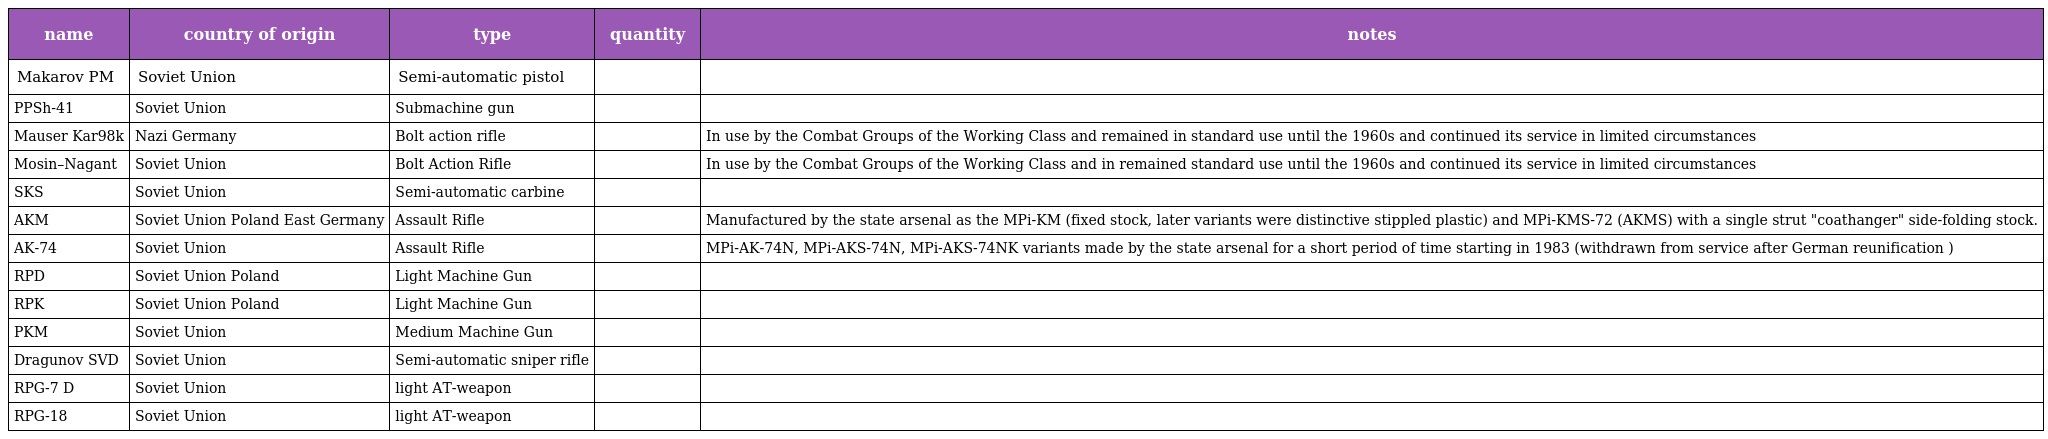
| name | country of origin | type | quantity | notes |
 | --- | --- | --- | --- | --- |
 | Makarov PM | Soviet Union | Semi-automatic pistol |  |  |
 | PPSh-41 | Soviet Union | Submachine gun |  |  |
 | Mauser Kar98k | Nazi Germany | Bolt action rifle |  | In use by the Combat Groups of the Working Class and remained in standard use until the 1960s and continued its service in limited circumstances |
 | Mosin–Nagant | Soviet Union | Bolt Action Rifle |  | In use by the Combat Groups of the Working Class and in remained standard use until the 1960s and continued its service in limited circumstances |
 | SKS | Soviet Union | Semi-automatic carbine |  |  |
 | AKM | Soviet Union Poland East Germany | Assault Rifle |  | Manufactured by the state arsenal as the MPi-KM (fixed stock, later variants were distinctive stippled plastic) and MPi-KMS-72 (AKMS) with a single strut "coathanger" side-folding stock. |
 | AK-74 | Soviet Union | Assault Rifle |  | MPi-AK-74N, MPi-AKS-74N, MPi-AKS-74NK variants made by the state arsenal for a short period of time starting in 1983 (withdrawn from service after German reunification ) |
 | RPD | Soviet Union Poland | Light Machine Gun |  |  |
 | RPK | Soviet Union Poland | Light Machine Gun |  |  |
 | PKM | Soviet Union | Medium Machine Gun |  |  |
 | Dragunov SVD | Soviet Union | Semi-automatic sniper rifle |  |  |
 | RPG-7 D | Soviet Union | light AT-weapon |  |  |
 | RPG-18 | Soviet Union | light AT-weapon |  |  |